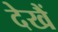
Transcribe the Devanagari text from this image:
देखैं